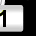
Digit: 1